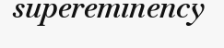
supereminency